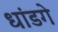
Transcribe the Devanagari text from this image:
धांडगे